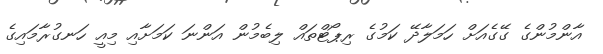
އާންމުންގެ ގޭގެއަށް ހަމަލާދޭ ކަމުގެ ރިޕޯޓްތައް ލިބެމުން އަންނަ ކަމަށާއި މިއީ ހަނގުރާމައިގެ